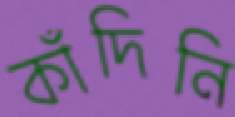
কাঁদিনি